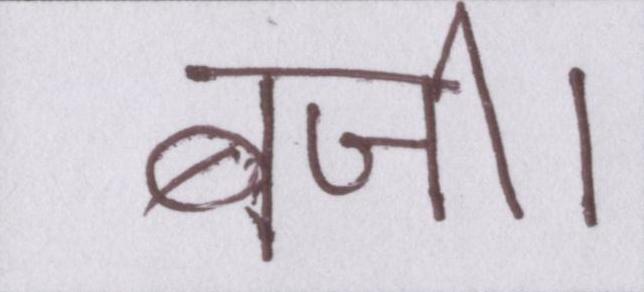
बजी।